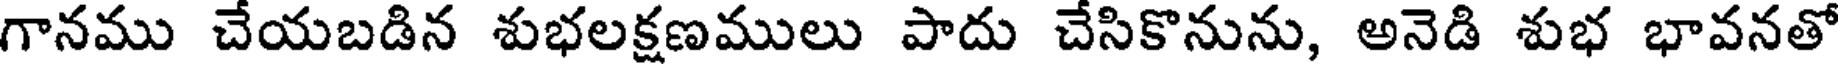
గానము చేయబడిన శుభలక్షణములు పాదు చేసికొనును, అనెడి శుభ భావనతో